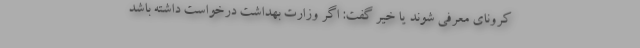
کرونای معرفی شوند یا خیر گفت: اگر وزارت بهداشت درخواست داشته باشد